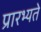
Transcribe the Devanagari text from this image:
प्रारभ्यते